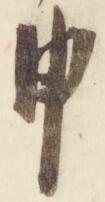
申